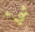
شيء